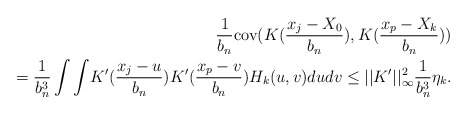
\begin{align*}\frac{1}{b_{n}}\mathrm{cov}(K(\frac{x_{j}-X_{0}}{b_{n}}),K(\frac{x_{p}-X_{k}}{b_{n}}))\\=\frac{1}{b_{n}^{3}}\int{\displaystyle\int}K^{\prime}(\frac{x_{j}-u}{b_{n}})K^{\prime}(\frac{x_{p}-v}{b_{n}})H_{k}(u,v)dudv\leq||K^{\prime}||_{\infty}^{2}\frac{1}{b_{n}^{3}}\eta_{k}.\end{align*}